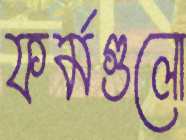
ফর্মগুলো